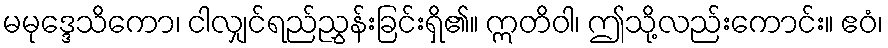
မမုဒ္ဒေသိကော၊ ငါလျှင်ရည်ညွှန်းခြင်းရှိ၏။ ဣတိဝါ၊ ဤသို့လည်းကောင်း။ ဧဝံ၊